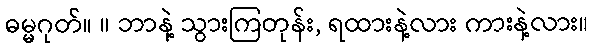
ဓမ္မဂုတ်။ ။ ဘာနဲ့ သွားကြတုန်း, ရထားနဲ့လား ကားနဲ့လား။